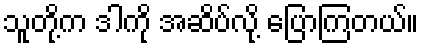
သူတို့က ဒါကို အဆိပ်လို့ ပြောကြတယ်။